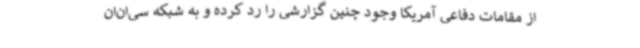
از مقامات دفاعی آمریکا وجود چنین گزارشی را رد کرده و به شبکه سی‌ان‌ان